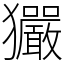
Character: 玁